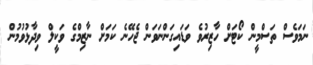
ނަމަވެސް ތަސްމީން ކޯޓަށް ހާޒިރުވެ ވަޑައިގަންނަވަން ޖެހޭނެ ކަމަށް ނާޒިމްގެ ވަކީލް ވިދާޅުވުމުން